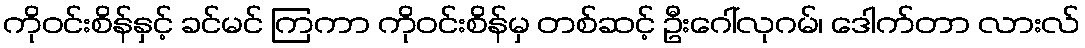
ကိုဝင်းစိန်နှင့် ခင်မင် ကြကာ ကိုဝင်းစိန်မှ တစ်ဆင့် ဦးဂေါ်လုဂမ်၊ ဒေါက်တာ လားလ်